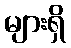
များရှိ